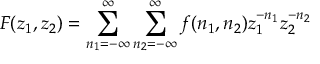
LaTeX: F ( z _ { 1 } , z _ { 2 } ) = \sum _ { n _ { 1 } = - \infty } ^ { \infty } \sum _ { n _ { 2 } = - \infty } ^ { \infty } f ( n _ { 1 } , n _ { 2 } ) z _ { 1 } ^ { - n _ { 1 } } z _ { 2 } ^ { - n _ { 2 } }